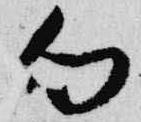
向